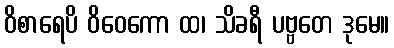
ဝိစာရေပိ ဝိဝေကော ထ၊ သိခရီ ပဗ္ဗတေ ဒုမေ။